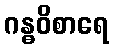
ဂန္ဓဝိစာရေ